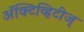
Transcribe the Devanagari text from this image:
अॅक्टिव्हिटीज्